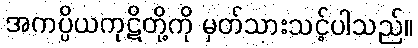
အကပ္ပိယကုဋိတို့ကို မှတ်သားသင့်ပါသည်။